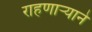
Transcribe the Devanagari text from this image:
राहणार्‍याने